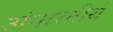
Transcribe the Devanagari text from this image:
अंगारतीर्थ